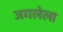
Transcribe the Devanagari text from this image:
जगलेला